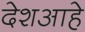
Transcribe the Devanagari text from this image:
देशआहे